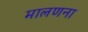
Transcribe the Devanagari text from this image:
मालणना